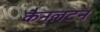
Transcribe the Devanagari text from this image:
कैनलटन